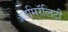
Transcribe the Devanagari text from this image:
ॲडमिरॅलिटी